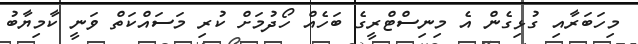
މިހަބަރާއި ގުޅިގެން އެ މިނިސްޓްރީގެ ބަހެއް ހޯދުމަށް ކުރި މަސައްކަތް ވަނީ ކާމިޔާބު